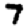
Digit: 7